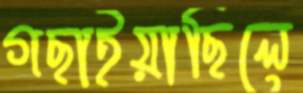
গছাইয়াছিলে